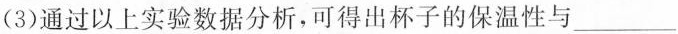
（3）通过以上实验数据分析,可得出杯子的保温性与___